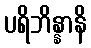
ပရိဘိန္နာနိ